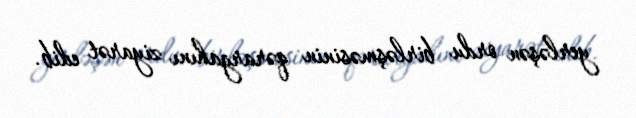
yerləşən ordu birləşməsinin qərargahını ziyarət edib.